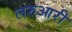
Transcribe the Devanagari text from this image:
लरुआरी